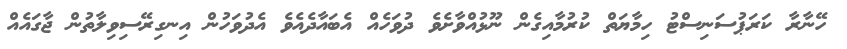
ހޭނާރާ ކަރަޕުސަނިސްޓު ހިމާޔަތް ކުރުމާއިގެން ނޫޅުއްވާށެވެ ދުވަހެއް އެބައާދެއެވެ އެދުވަހުން އިނގިރޭސިވިލާތުން ޖާގައެއް